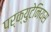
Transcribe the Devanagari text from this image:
पर्क्युटेनियस